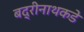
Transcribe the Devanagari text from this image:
बद्रीनाथकडे